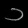
Digit: ၁